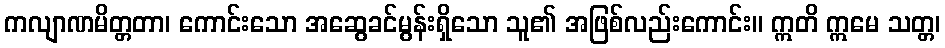
ကလျာဏမိတ္တတာ၊ ကောင်းသော အဆွေခင်မွန်းရှိသော သူ၏ အဖြစ်လည်းကောင်း။ ဣတိ ဣမေ သတ္တ၊